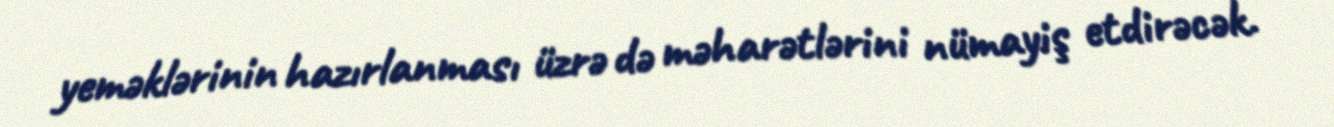
yeməklərinin hazırlanması üzrə də məharətlərini nümayiş etdirəcək.